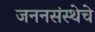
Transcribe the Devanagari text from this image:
जननसंस्थेचे